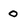
Character: 0